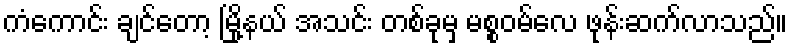
ကံကောင်း ချင်တော့ မြို့နယ် အသင်း တစ်ခုမှ မစ္စဝမ်လေ ဖုန်းဆက်လာသည်။